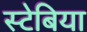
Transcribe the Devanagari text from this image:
स्टेबिया